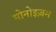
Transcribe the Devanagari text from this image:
मोनोइज़म